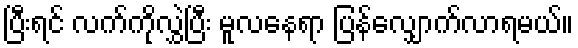
ပြီးရင် လက်ကိုလွှဲပြီး မူလနေရာ ပြန်လျှောက်လာရမယ်။